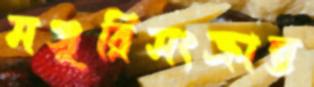
মঞ্জুরিসংক্রান্ত